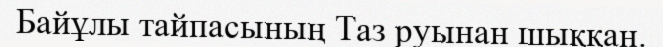
Байұлы тайпасының Таз руынан шыққан.